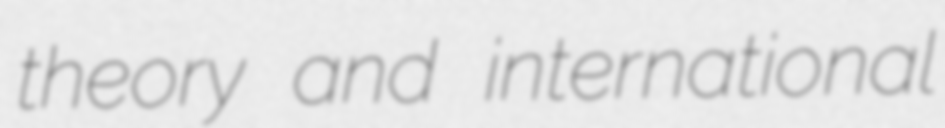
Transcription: theory and international